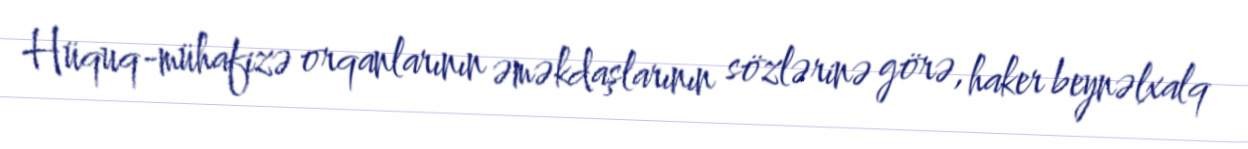
Hüquq-mühafizə orqanlarının əməkdaşlarının sözlərinə görə, haker beynəlxalq